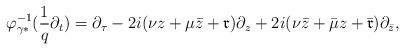
LaTeX: \begin{align*} \varphi_{\gamma *}^{-1}(\frac{1}{q} \partial_t) = \partial_{\tau} -2 i(\nu z + \mu \bar{z} +\mathfrak{r}) \partial_{z} + 2 i(\nu \bar{z} + \bar{\mu}{z} + \bar{\mathfrak{r}})\partial_{\bar{z}},\end{align*}